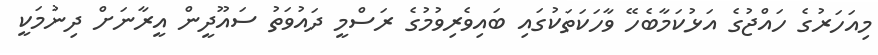
މިއަހަރުގެ ހައްޖުގެ އަޅުކަމާބެހޭ ވާހަކަތަކުގައި ބައިވެރިވުމުގެ ރަސްމީ ދައުވަތު ސައޫދީން އީރާނަށް ދިނުމަކީ